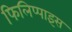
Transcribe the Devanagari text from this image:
फिलिप्पाइंस